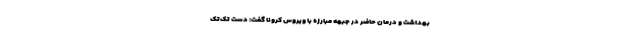
بهداشت و درمان حاضر در جبهه مبارزه با ویروس کرونا گفت: دست تک‌تک